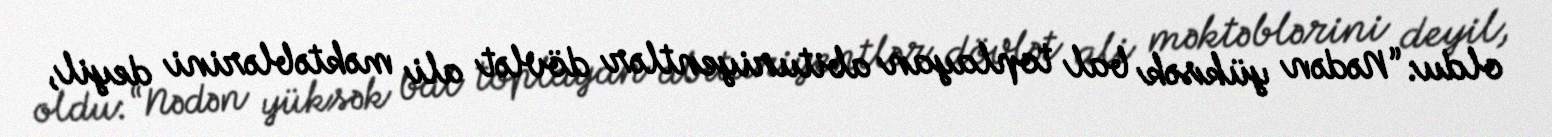
oldu: “Nədən yüksək bal toplayan abituriyentlər dövlət ali məktəblərini deyil,